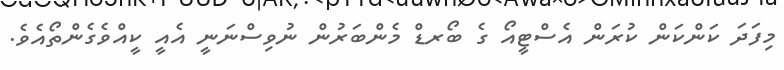
މިފަދަ ކަންކަން ކުރަން އެސްޓީއޯ ގެ ބޯރޑް މެންބަރުން ނުވިސްނަނީ އެއީ ކީއްވެގެންތޯއެވެ.